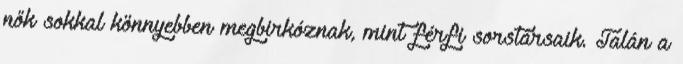
nők sokkal könnyebben megbirkóznak, mint férfi sorstársaik. Talán a